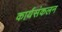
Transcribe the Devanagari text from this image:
कार्यसंकलन